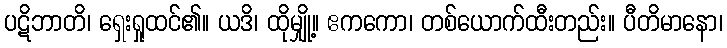
ပဋိဘာတိ၊ ရှေးရှုထင်၏။ ယဒိ၊ ထိုမျှို့။ ဧကကော၊ တစ်ယောက်ထီးတည်း။ ပီတိမာနော၊